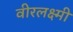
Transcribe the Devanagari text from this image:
वीरलक्ष्मी